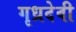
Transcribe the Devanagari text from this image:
गृध्रदेवी